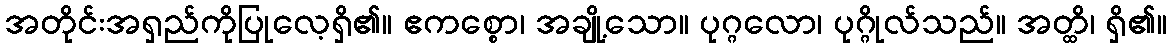
အတိုင်းအရှည်ကိုပြုလေ့ရှိ၏။ ဧကစ္စော၊ အချို့သော။ ပုဂ္ဂလော၊ ပုဂ္ဂိုလ်သည်။ အတ္ထိ၊ ရှိ၏။